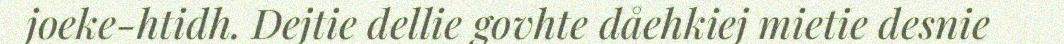
joeke-htidh. Dejtie dellie govhte dåehkiej mietie desnie